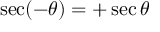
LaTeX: \sec ( - \theta ) = + \sec \theta